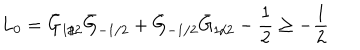
L _ { 0 } = \bar { G } _ { 1 / 2 } \bar { G } _ { - 1 / 2 } + \bar { G } _ { - 1 / 2 } \bar { G } _ { 1 / 2 } - \frac { 1 } { 2 } \geq - \frac { 1 } { 2 }